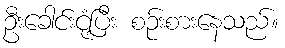
ဦးခေါင်းငုံ့ပြီး စဉ်းစားနေသည်။